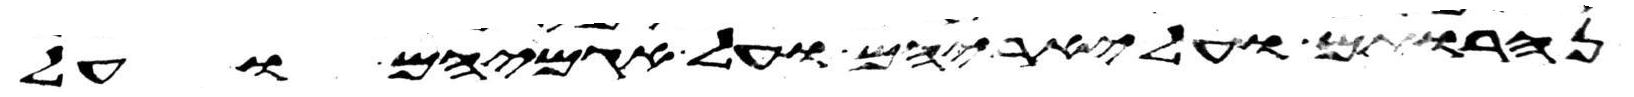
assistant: נהרותם ועל יאריהם ועל אגמיהם ועל